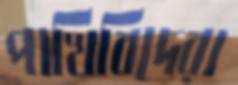
পাখিবিদেরা